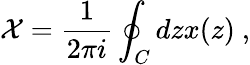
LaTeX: \mathcal{X}=\frac{1}{2\pi i}\oint_{C}dzx(z)\ ,